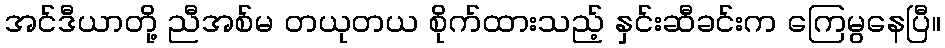
အင်ဒီယာတို့ ညီအစ်မ တယုတယ စိုက်ထားသည့် နှင်းဆီခင်းက ကြေမွနေပြီ။